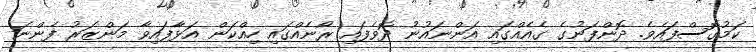
ކަމުގޮސްފައެވެ. ދޮންފަނުގެ ގެއެއްގައި އަންނައުނު ދޮވެފައި ރޯނެއްގައި ހިއްކަން އަޅާފައިވާ މަންޒަރު ފެންނަ